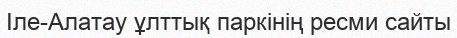
Іле-Алатау ұлттық паркінің ресми сайты